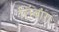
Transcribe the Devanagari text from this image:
लिंबांग